Leaving Certificate Examination (including Day School Certificate (Higher) General paper), 1934
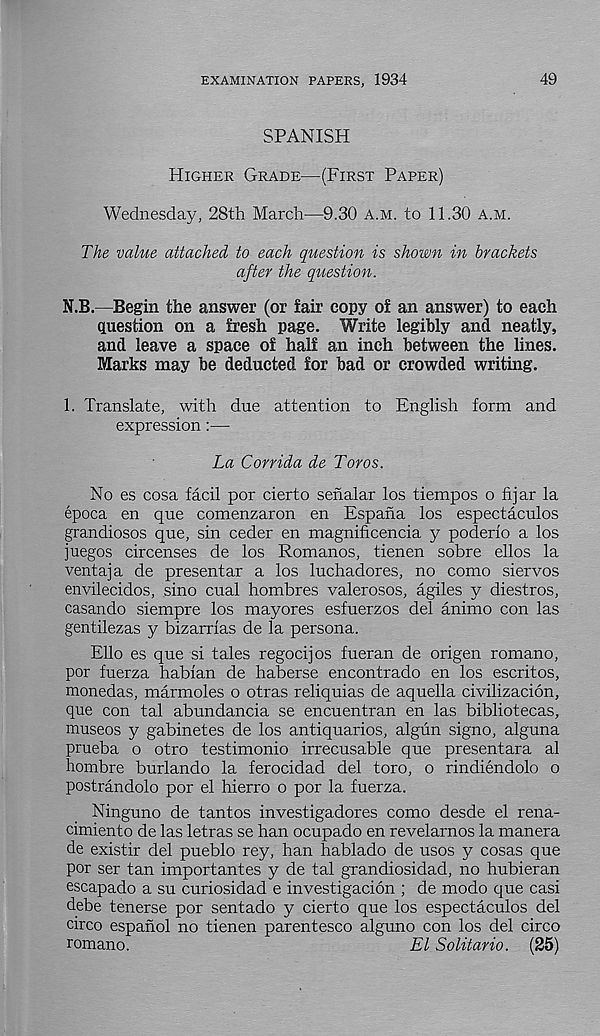
EXAMINATION PAPERS, 1934
49
SPANISH
Higher Grade—(First Paper)
Wednesday, 28th March—9.30 a.m. to 11.30 a.m.
The value attached to each question is shown in brackets
after the question.
N.B.—Begin the answer (or fair copy of an answer) to each
Question on a fresh page. Write legibly and neatly,
and leave a space of half an inch between the lines.
Marks may be deducted for bad or crowded writing.
1. Translate, with due attention to English form and
expression:—
La Corrida de Toros.
No es cosa facil por cierto sehalar los tiempos o fijar la
epoca en que comenzaron en Espana los espectaculos
grandiosos que, sin ceder en magnificencia y poderio a los
juegos circenses de los Romanos, tienen sobre ellos la
ventaja de presentar a los luchadores, no como siervos
envilecidos, sino cual hombres valerosos, agiles y diestros,
casando siempre los mayores esfuerzos del animo con las
gentilezas y bizarrias de la persona.
Elio es que si tales regocijos fueran de origen romano,
por fuerza habian de haberse encontrado en los escritos,
monedas, marmoles o otras reliquias de aquella civilizacion,
que con tal abundancia se encuentran en las bibliotecas,
museos y gabinetes de los antiquaries, algun signo, alguna
prueba o otro testimonio irrecusable que presentara al
hombre burlando la ferocidad del toro, o rindiendolo o
postrandolo por el hierro o por la fuerza.
Ninguno de tantos investigadores como desde el rena-
cimiento de las letras se han ocupado en revelarnos la manera
de existir del pueblo rey, han hablado de usos y cosas que
por ser tan importantes y de tal grandiosidad, no hubieran
escapade a su curiosidad e investigacion ; de modo que casi
debe tenerse por sentado y cierto que los espectaculos del
circo espanol no tienen parentesco alguno con los del circo
romano.
El Solitario. (25)